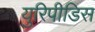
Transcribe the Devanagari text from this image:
युरिपीडिस